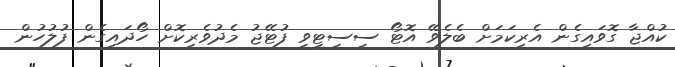
ކުއްޖާ ގޮވައިގެން އެރިކަމަށް ބެލެވޭ އޮޓޯ ސީސީޓީވީ ފުޓޭޖު މެދުވެރިކޮށް ހޯދައިގެން ފުލުހުން